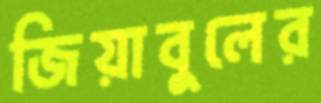
জিয়াবুলের